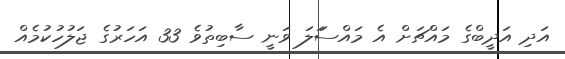
އަދި އަދީބްގެ މައްޗަށް އެ މައްސަަލަ ވަނީ ސާބިތުވެ 33 އަހަރުގެ ޖަލުހުކުމެއް